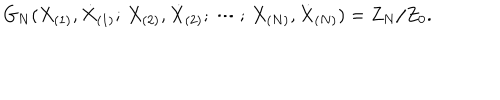
G _ { N } ( X _ { ( 1 ) } , \dot { X } _ { ( 1 ) } ; \, X _ { ( 2 ) } , \dot { X } _ { ( 2 ) } ; \, \cdots ; \, X _ { ( N ) } , \dot { X } _ { ( N ) } ) = Z _ { N } / Z _ { 0 } .